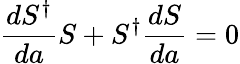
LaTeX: \frac{dS^{\dagger}}{da}S+S^{\dagger}\frac{dS}{da}=0